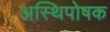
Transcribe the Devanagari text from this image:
अस्थिपोषक